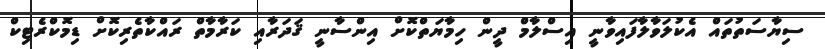
ސިޔާސަތުތައް އެކުލަވާލާފައިވާނީ އިސްލާމް ދީން ހިމާޔަތްކޮށް އިންސާނީ ޤަދަރާއި ކަރާމާތް ރައްކާތެރިކޮށް ޑިމޮކްރެޓިކް